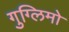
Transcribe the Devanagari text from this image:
गुग्लिमो